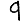
Digit: 9